Lock hospitals Punjab
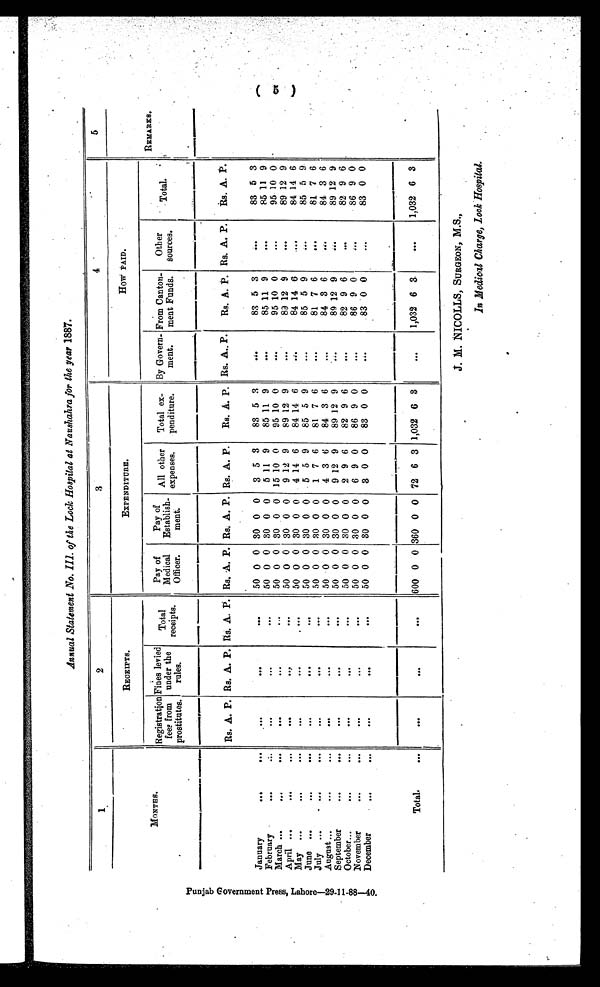
Annual Statement .No. III. of the Lock Hospital at Naushahra for the year 1887.
P u n j q a b G o v e r n m e n t P r e s s , L a h o r e — 2 9 - 1 1 - 8 8 — 4 0 .
1
2
3
4
5
MONTHS.
RECEIPTS.
EXPENDITURE.
How PAID.
REMARKS.
Registration
fees from
prostitutes.
Fines levied
under the
rules.
Total
receipts.
Pay of
Medical
Officer.
Pay of
Establish-
ment:
All other
expenses.
Total ex-
penditure.
By Govern-
ment.
F r o m C a n t o n -
ment Funds.
Other
sources.
Total.
Rs. A. P. Rs. A. P. Rs. A. P. Rs. A.
P .
Rs. A. P. Rs. A. P.
Rs. A. P. Rs. A. P.
Rs. A. P. Rs. A. P.
Rs. A. P.
January
...
...
...
. . .
. . . 50 0 0 30 0 0
3 5 8
83 5 3
. . .
83 5 3
. . .
83 5 3
February ... ... ...
. . .
...
. . . 50 0 0 30 0 0
5 11 9
85
1 1 9
. . . . . .
85 11 9
. . . . . .
85 11 9
March ...
...
. . .
. . .
. . .
. . . 50 0 0 30 0 0 15 10 0
95 10 0
95 10 0
. . .
95 10 0
April ...
...
...
. . .
.,.
. . . 50 0 0 30 0 0
9 12 9
89 12 9
. . .
89 12 9
. . .
89 12 9
May ...
. . .
. . .
. . . ...
50 0 0 30 0 0
4 14 6
84 14 6
. . . . .
84 14 6
. . .
84 14 6
June ...
...
...
. . .
...
. . . 50 0 0 30 0 0
5 5 9
85 5 9
. . .
85 5 9
. . .
85 5 9
July ...
...
...
. . .
...
. . . 50 0 0 30 0 0
1 7 6
81 7 6
. . .
81 7 6
...
81 7 6
August ...
...
...
.....
. . .
. . . . . . 50 0 0 30 0 0
4 3 6
84 3 6
...
84 3 6
. . .
84 3 6
September
...
...
. . .
. . .
. . . 50 0 0 30 0 0
9 12 9
89 12 9
. . .
89 12 9
...
89 12 9
October...
...
...
...
. . .
. . . 50 0 0 30 0 0
2 9 6
82 9 6
. . .
82 9 6
. . .
82 9 6
November ... ... .....
...
. . .
. . .
...
50 0 0 30 0 0
6 9 0
86 9 0
. . .
86 9 0
....
86 9 0
December
...
...
. . .
. . .
. . . 50 0 0 30 0 0
3 0 0
83 0 0
. . .
83 0 0
...
83 0 0
Total.
...
. . .
. . .
. . .
600
0
0 360 0 0 72 6 3 1,032
6
3
. . .
1,032 6 3
. . .
1,032 6 3
In Medical Charge, Lock Hospital.
( 5 )